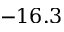
- 1 6 . 3